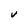
Character: V